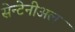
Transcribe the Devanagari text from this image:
सेन्टेनीअल